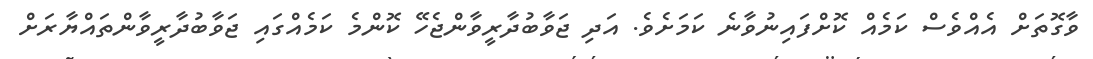
ވާގޮތަށް އެއްވެސް ކަމެއް ކޮށްފައިނުވާނެ ކަމަށެވެ. އަދި ޖަވާބުދާރީވާންޖެހޭ ކޮންމެ ކަމެއްގައި ޖަވާބުދާރީވާންތައްޔާރަށް